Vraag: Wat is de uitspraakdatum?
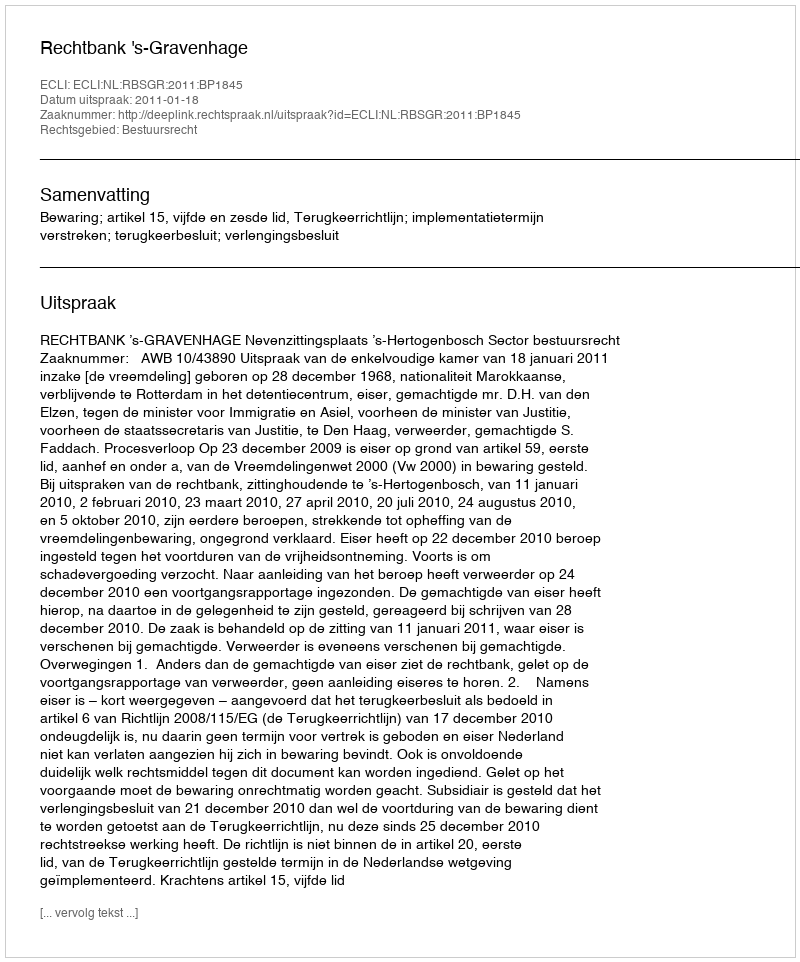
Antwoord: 2011-01-18